Indian journal of veterinary science and animal husbandry - Volume 8,
Year: 1938
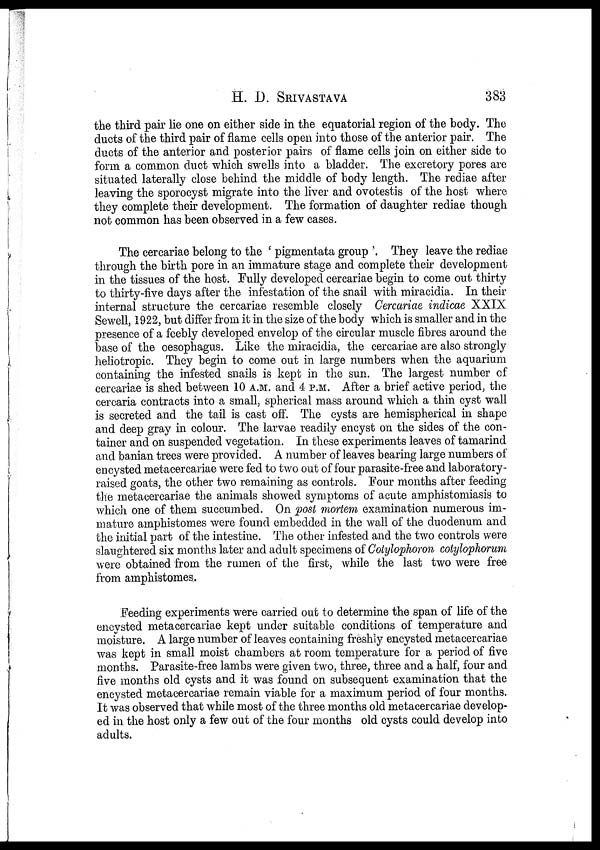
H. D.
SRIVASTAVA
383
the third pair lie one on either side in the equatorial region of the body. The
ducts of the third pair of flame cells open into those of the anterior pair. The
ducts of the anterior and posterior pairs of flame cells join on either side to
form a common duct which swells into a bladder. The excretory pores are
situated laterally close behind the middle of body length. The rediae after
leaving the sporocyst migrate into the liver and ovotestis of the host where
they complete their development. The formation of daughter rediae though
not common has been observed in a few cases.
The cercariae belong to the ' pigmentata group . They leave the rediae
through the birth pore in an immature stage and complete their development
in the tissues of the host. Fully developed cercariae begin to come out thirty
to thirty-five days after the infestation of the snail with miracidia. In their
internal structure the cercariae resemble closely Cercariae indicae XXIX
Sewell, 1922, but differ from it in the size of the body which is smaller and in the
presence of a feebly developed envelop of the circular muscle fibres around the
base of the oesophagus. Like the miracidia, the cercariae are also strongly
heliotropic. They begin to come out in large numbers when the aquarium
containing the infested snails is kept in the sun. The largest number of
cercariae is shed between 10 A.M. and 4 P.M. After a brief active period, the
cercaria contracts into a small, spherical mass around which a thin cyst wall
is secreted and the tail is cast off. The cysts are hemispherical in shape
and deep gray in colour. The larvae readily encyst on the sides of the con-
tainer and on suspended vegetation. In these experiments leaves of tamarind
and banian trees were provided. A number of leaves bearing large numbers of
encysted metacercariae were fed to two out of four parasite-free and laboratory-
raised goats, the other two remaining as controls. Four months after feeding
the metacercariae the animals showed symptoms of acute amphistomiasis to
which one of them succumbed. On post mortem examination numerous im-
mature amphistomes were found embedded in the wall of the duodenum and
the initial part of the intestine. The other infested and the two controls were
slaughtered six months later and adult specimens of Cotylophoron cotylophorum
were obtained from the rumen of the first, while the last two were free
from amphistomes.
Feeding experiments were carried out to determine the span of life of the
encysted metacercariae kept under suitable conditions of temperature and
moisture. A large number of leaves containing freshly encysted metacercariae
was kept in small moist chambers at room temperature for a period of five
months. Parasite-free lambs were given two, three, three and a half, four and
five months old cysts and it was found on subsequent examination that the
encysted metacercariae remain viable for a maximum period of four months.
It was observed that while most of the three months old metacercariae develop-
ed in the host only a few out of the four months old cysts could develop into
adults.